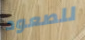
للصعود